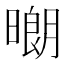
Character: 𱢞